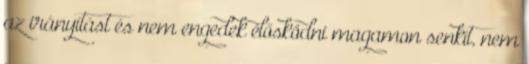
az irányítást és nem engedek élősködni magamon senkit, nem